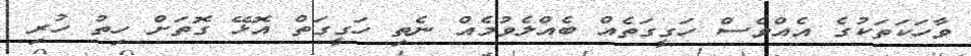
ވާހަކަތަކުގެ އެއްވެސް ހަގީގަތެއް ބެއްލެވުމެއް ނެތި ހަގީގަތް އޮޅޭ ގޮތަށް ހިތު ހުރި